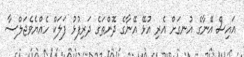
އައިސް އޭނާގެ އުނގަށް އެރި އުޅޭ އޭނާގެ ދޮންތަގެ ދަރިފުޅު ފަލަކް ހެއްޔެވެޖަލްސާ